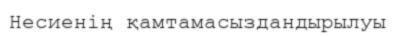
Несиенің қамтамасыздандырылуы